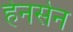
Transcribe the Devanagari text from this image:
हेनसेन